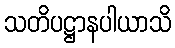
သတိပဋ္ဌာနပါယာသိ